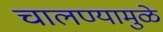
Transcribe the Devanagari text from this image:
चालण्यामुळे